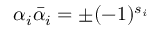
\alpha _ { i } { \bar { \alpha } } _ { i } = \pm ( - 1 ) ^ { s _ { i } }